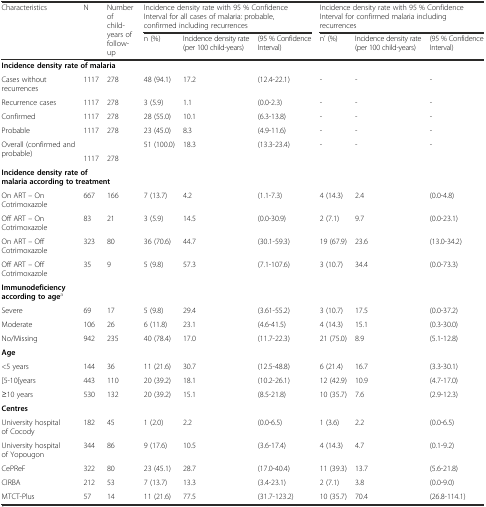
<table><thead><tr><td rowspan="2"><b>Characteristics</b></td><td rowspan="2"><b>N</b></td><td rowspan="2"><b>Number of child-years of follow-up</b></td><td colspan="3"><b>Incidence density rate with 95 % Confidence Interval for all cases of malaria: probable, confirmed including recurrences</b></td><td colspan="3"><b>Incidence density rate with 95 % Confidence Interval for confirmed malaria including recurrences</b></td></tr><tr><td><b>n (%)</b></td><td><b>Incidence density rate (per 100 child-years)</b></td><td><b>(95 % Confidence Interval)</b></td><td><b>n’ (%)</b></td><td><b>Incidence density rate (per 100 child-years)</b></td><td><b>(95 % Confidence Interval)</b></td></tr></thead><tbody><tr><td colspan="9"><b>Incidence density rate of malaria</b></td></tr><tr><td>Cases without recurrences</td><td>1117</td><td>278</td><td>48 (94.1)</td><td>17.2</td><td>(12.4-22.1)</td><td>-</td><td>-</td><td>-</td></tr><tr><td>Recurrence cases</td><td>1117</td><td>278</td><td>3 (5.9)</td><td>1.1</td><td>(0.0-2.3)</td><td>-</td><td>-</td><td>-</td></tr><tr><td>Confirmed</td><td>1117</td><td>278</td><td>28 (55.0)</td><td>10.1</td><td>(6.3-13.8)</td><td>-</td><td>-</td><td>-</td></tr><tr><td>Probable</td><td>1117</td><td>278</td><td>23 (45.0)</td><td>8.3</td><td>(4.9-11.6)</td><td>-</td><td>-</td><td>-</td></tr><tr><td rowspan="2">Overall (confirmed and probable)</td><td></td><td></td><td rowspan="2">51 (100.0)</td><td rowspan="2">18.3</td><td rowspan="2">(13.3-23.4)</td><td rowspan="2">-</td><td rowspan="2">-</td><td rowspan="2">-</td></tr><tr><td>1117</td><td>278</td></tr><tr><td colspan="9"><b>Incidence density rate of malaria according to treatment</b></td></tr><tr><td>On ART – On Cotrimoxazole</td><td>667</td><td>166</td><td>7 (13.7)</td><td>4.2</td><td>(1.1-7.3)</td><td>4 (14.3)</td><td>2.4</td><td>(0.0-4.8)</td></tr><tr><td>Off ART – On Cotrimoxazole</td><td>83</td><td>21</td><td>3 (5.9)</td><td>14.5</td><td>(0.0-30.9)</td><td>2 (7.1)</td><td>9.7</td><td>(0.0-23.1)</td></tr><tr><td>On ART – Off Cotrimoxazole</td><td>323</td><td>80</td><td>36 (70.6)</td><td>44.7</td><td>(30.1-59.3)</td><td>19 (67.9)</td><td>23.6</td><td>(13.0-34.2)</td></tr><tr><td>Off ART – Off Cotrimoxazole</td><td>35</td><td>9</td><td>5 (9.8)</td><td>57.3</td><td>(7.1-107.6)</td><td>3 (10.7)</td><td>34.4</td><td>(0.0-73.3)</td></tr><tr><td colspan="9"><b>Immunodeficiency according to age</b><sup>a</sup></td></tr><tr><td>Severe</td><td>69</td><td>17</td><td>5 (9.8)</td><td>29.4</td><td>(3.61-55.2)</td><td>3 (10.7)</td><td>17.5</td><td>(0.0-37.2)</td></tr><tr><td>Moderate</td><td>106</td><td>26</td><td>6 (11.8)</td><td>23.1</td><td>(4.6-41.5)</td><td>4 (14.3)</td><td>15.1</td><td>(0.3-30.0)</td></tr><tr><td>No/Missing</td><td>942</td><td>235</td><td>40 (78.4)</td><td>17.0</td><td>(11.7-22.3)</td><td>21 (75.0)</td><td>8.9</td><td>(5.1-12.8)</td></tr><tr><td colspan="9"><b>Age</b></td></tr><tr><td>&lt;5 years</td><td>144</td><td>36</td><td>11 (21.6)</td><td>30.7</td><td>(12.5-48.8)</td><td>6 (21.4)</td><td>16.7</td><td>(3.3-30.1)</td></tr><tr><td>[5-10[years</td><td>443</td><td>110</td><td>20 (39.2)</td><td>18.1</td><td>(10.2-26.1)</td><td>12 (42.9)</td><td>10.9</td><td>(4.7-17.0)</td></tr><tr><td>≥10 years</td><td>530</td><td>132</td><td>20 (39.2)</td><td>15.1</td><td>(8.5-21.8)</td><td>10 (35.7)</td><td>7.6</td><td>(2.9-12.3)</td></tr><tr><td colspan="9"><b>Centres</b></td></tr><tr><td>University hospital of Cocody</td><td>182</td><td>45</td><td>1 (2.0)</td><td>2.2</td><td>(0.0-6.5)</td><td>1 (3.6)</td><td>2.2</td><td>(0.0-6.5)</td></tr><tr><td>University hospital of Yopougon</td><td>344</td><td>86</td><td>9 (17.6)</td><td>10.5</td><td>(3.6-17.4)</td><td>4 (14.3)</td><td>4.7</td><td>(0.1-9.2)</td></tr><tr><td>CePReF</td><td>322</td><td>80</td><td>23 (45.1)</td><td>28.7</td><td>(17.0-40.4)</td><td>11 (39.3)</td><td>13.7</td><td>(5.6-21.8)</td></tr><tr><td>CIRBA</td><td>212</td><td>53</td><td>7 (13.7)</td><td>13.3</td><td>(3.4-23.1)</td><td>2 (7.1)</td><td>3.8</td><td>(0.0-9.0)</td></tr><tr><td>MTCT-Plus</td><td>57</td><td>14</td><td>11 (21.6)</td><td>77.5</td><td>(31.7-123.2)</td><td>10 (35.7)</td><td>70.4</td><td>(26.8-114.1)</td></tr></tbody></table>